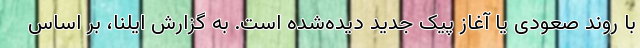
با روند صعودی یا آغاز پیک جدید دیده‌شده است. به گزارش ایلنا، بر اساس